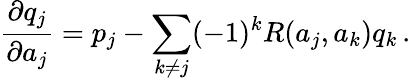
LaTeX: {\frac{\partial q_{j}}{\partial a_{j}}}=p_{j}-\sum_{k\neq j}(-1)^{k}R(a_{j},a_{k})q_{k}\, .